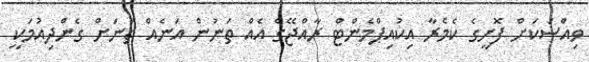
ވިއްސަކަށް ފޮށީގެ ކެމެރާ އިކުއިޕްމެންޓް ރާއްޖޭގެ އެއް ތަނުން އަނެއް ތަނަށް ގެންދިއުމަކީ